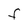
Character: F